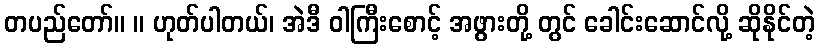
တပည်တော်။ ။ ဟုတ်ပါတယ်၊ အဲဒီ ဝါကြီးစောင့် အဖွားတို့ တွင် ခေါင်းဆောင်လို့ ဆိုနိုင်တဲ့